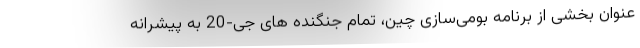
عنوان بخشی از برنامه بومی‌سازی چین، تمام جنگنده های جی-20 به پیشرانه